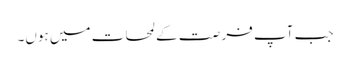
جب آپ فر صت کے لمحات میں ہوں۔